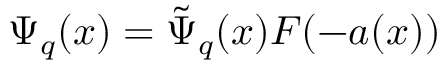
\Psi _ { q } ( x ) = \tilde { \Psi } _ { q } ( x ) F ( - a ( x ) )